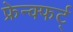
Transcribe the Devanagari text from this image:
फ्रेन्क्फर्ट्